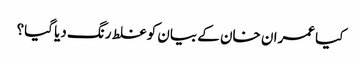
کیا عمران خان کے بیان کو غلط رنگ دیا گیا؟